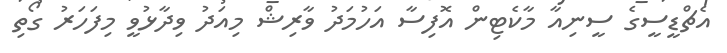
އެޗްޑީސީގެ ސީނިއާ މާކެޓިން އޮފިސާ އަހުމަދު ވާރިޝް މިއަދު ވިދާޅުވީ މިފަހަރު ގޯތި